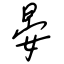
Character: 晏